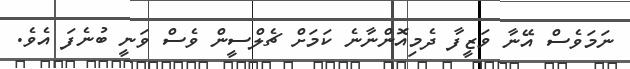
ނަމަވެސް އޭނާ ވަޒީފާ ދެމިއޮންނާނެ ކަމަށް ޗެލްސީން ވެސް ވަނީ ބުނެފަ އެވެ.